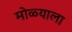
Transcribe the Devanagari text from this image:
मोळ्याला